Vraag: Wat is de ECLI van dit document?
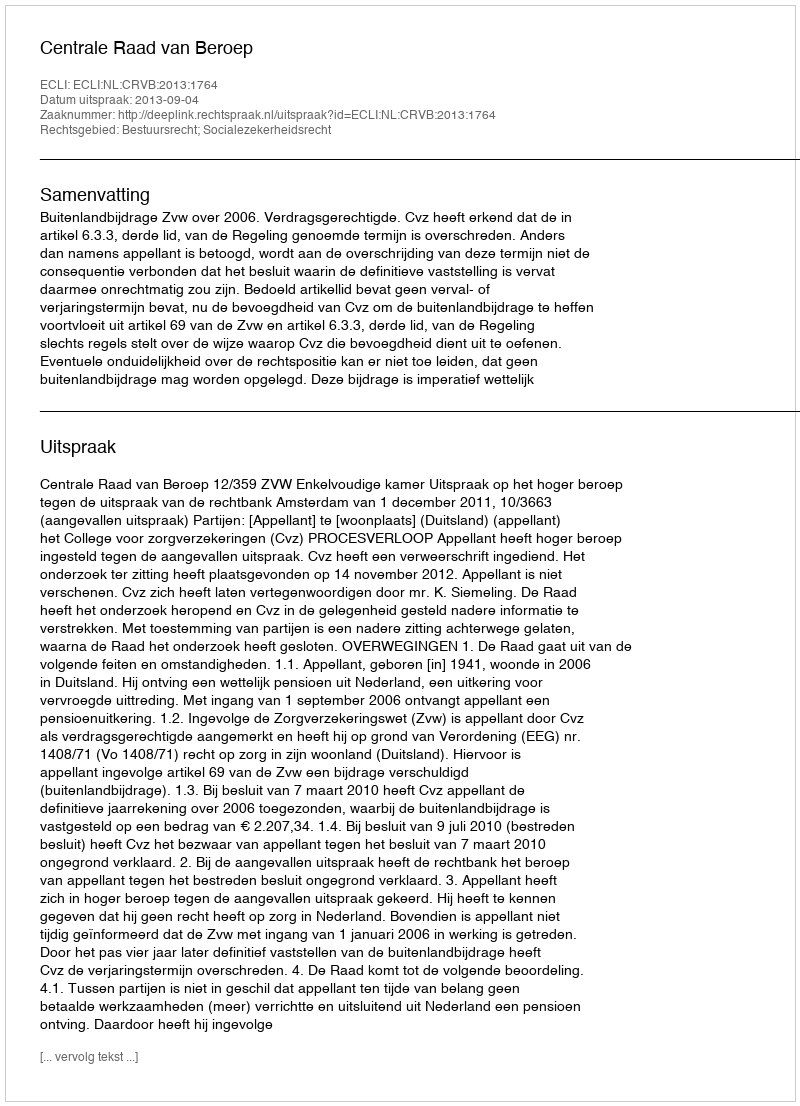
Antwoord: ECLI:NL:CRVB:2013:1764